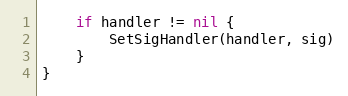
Language: Go
	if handler != nil {
		SetSigHandler(handler, sig)
	}
}